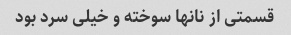
قسمتی از نانها سوخته و خیلی سرد بود